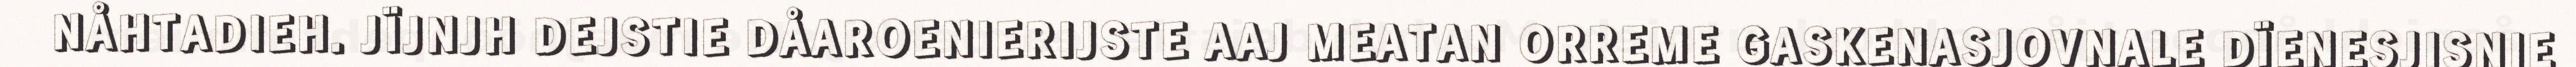
NÅHTADIEH. JÏJNJH DEJSTIE DÅAROENIERIJSTE AAJ MEATAN ORREME GASKENASJOVNALE DÏENESJISNIE